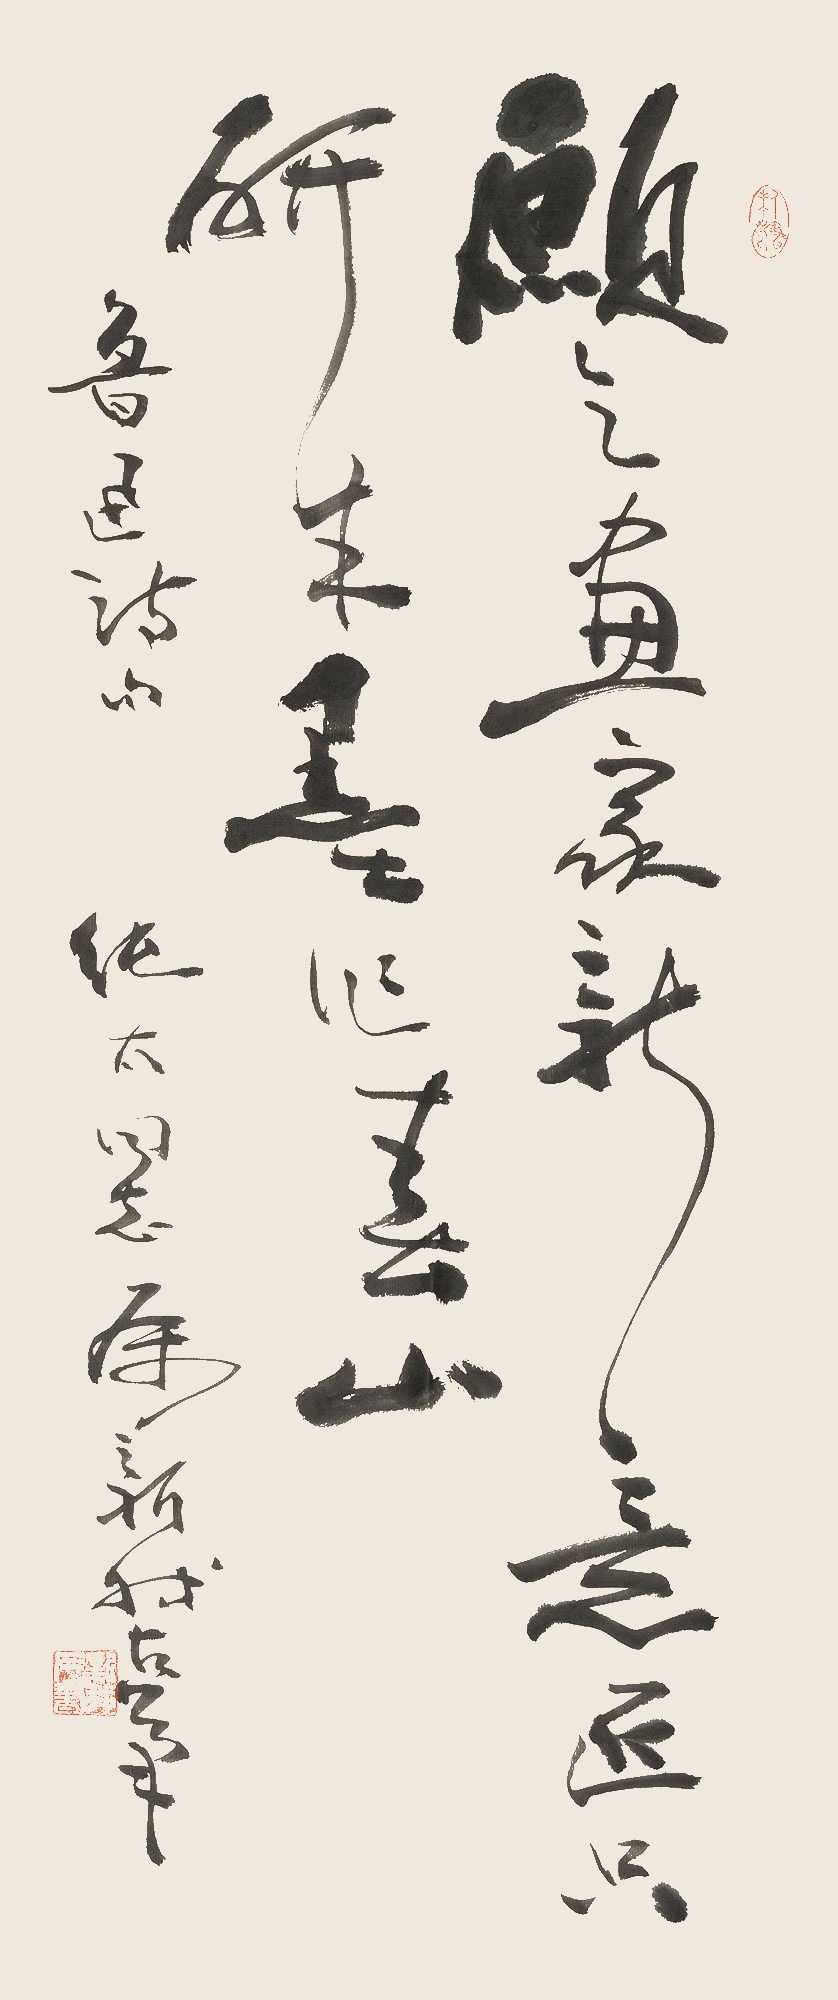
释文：愿乞画家新意匠，只研朱墨作春山。鲁迅诗句。纯太同志属，新我左笔。